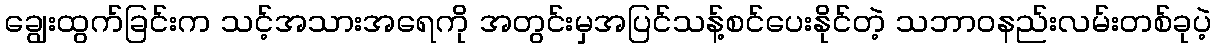
ချွေးထွက်ခြင်းက သင့်အသားအရေကို အတွင်းမှအပြင်သန့်စင်ပေးနိုင်တဲ့ သဘာဝနည်းလမ်းတစ်ခုပဲ့